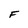
Character: F